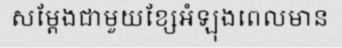
សម្តែងជាមួយខ្សែអំឡុងពេលមាន